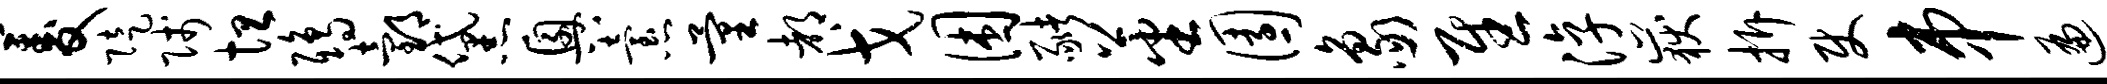
菱陡贱坦鸱邰黛兴怠量都戈困猪蕃园象慰淳岳拆使串遍摭